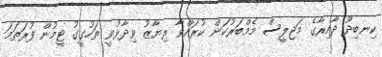
ކިނބިދޫ ދާއިރާގެ މަޖިލީސް މެމްބަރުކަން ކުރައްވާ ރިޔާޒު ވިދާޅުވީ ތަހުގީގު ޓީމުން ފުރަތަމަ